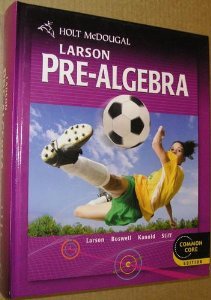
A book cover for Holt McDougal Larson Pre-Algebra: Student Edition 2012; HOLT MCDOUGAL; Science & Math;